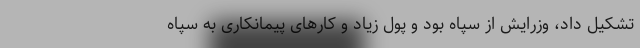
تشکیل داد، وزرایش از سپاه بود و پول زیاد و کارهای پیمانکاری به سپاه